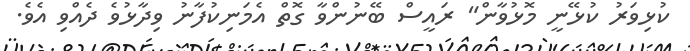
ކުޅިވަރު ކުޅޭނީ މޮޅުވާން" ރައީސް ބޭނުންވާ ގޮތް އެމަނިކުފާނު ވިދާޅުވެ ދެއްވި އެވެ.